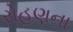
રોહણના